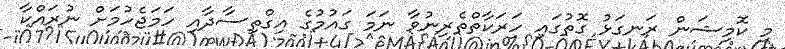
މި ކޮމިޝަން ރަނގަޅު ގޮތުގައި ހަރަކާތްތެރިނުވާ ނަމަ ގައުމުގެ އިގްތިސާދާއި ހަމަޖެހުމަށް ނުރައްކާ